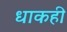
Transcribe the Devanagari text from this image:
धाकही